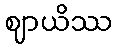
ဈာယိဿ